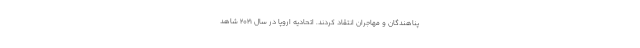
پناهندگان و مهاجران انتقاد کردند. اتحادیه اروپا در سال ۲۰۲۱ شاهد